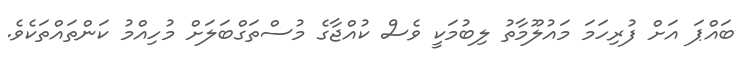
ބައްޕަ އަށް ފުރިހަމަ މައުލޫމާތު ލިބުމަކީ ވެސް ކުއްޖާގެ މުސްތަގްބަލަށް މުހިއްމު ކަންތައްތަކެވެ.